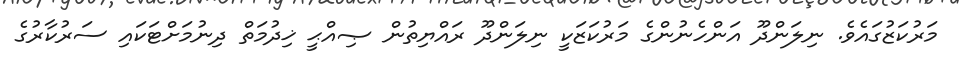
މަރުކަޒުގައެވެ. ނިލަންދޫ އަންހެނުންގެ މަރުކަޒަކީ ނިލަންދޫ ރައްޔިތުން ޞިއްޙީ ޚިދުމަތް ދިނުމަށްޓަކައި ސަރުކާރުގެ